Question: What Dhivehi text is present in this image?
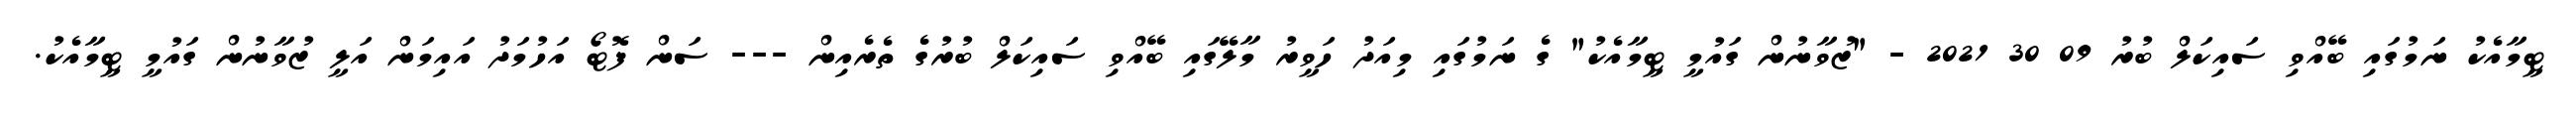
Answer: ޓީމާއެކު ނަމުގައި ބޭއްވި ސައިކަލް ބުރު 09 30 2021 - "ޒުވާނުން ގައުމީ ޓީމާއެކު" ގެ ނަމުގައި މިއަދު ހަވީރު މާލޭގައި ބޭއްވި ސައިކަލް ބުރުގެ ތެރެއިން --- ސަން ފޮޓޯ އަހުމަދު އައިމަން އަލީ ޒުވާނުން ގައުމީ ޓީމާއެކު.